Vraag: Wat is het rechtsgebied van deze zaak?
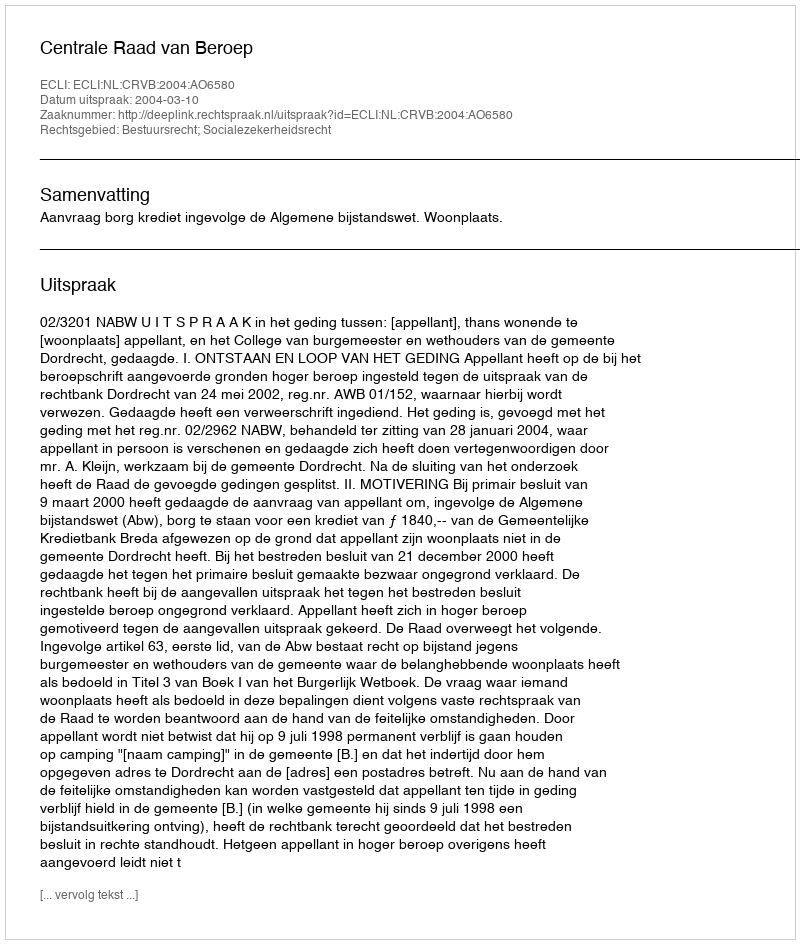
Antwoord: Bestuursrecht; Socialezekerheidsrecht